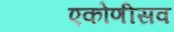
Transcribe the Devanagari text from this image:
एकोणीसव